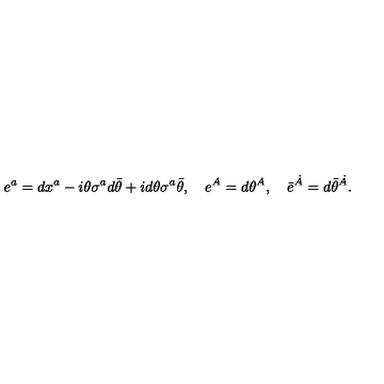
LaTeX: e ^ { a } = d x ^ { a } - i \theta \sigma ^ { a } d \bar { \theta } + i d \theta \sigma ^ { a } \bar { \theta } , \quad e ^ { A } = d \theta ^ { A } , \quad \bar { e } ^ { \dot { A } } = d \bar { \theta } ^ { \dot { A } } .